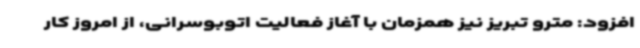
افزود: مترو تبریز نیز همزمان با آغاز فعالیت اتوبوسرانی، از امروز کار